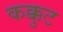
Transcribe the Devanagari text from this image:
कक्कुट